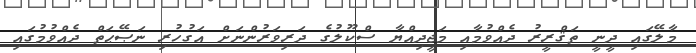
މާލޭގައިި ދީނީ ތަޤްރީރު ދެއްވުމާއި މަޖީދިއްޔާ ސްކޫލުގެ ދަރިވަރުންނަށް އަގުހުރި ނަޞޭޙަތް ދެއްވުމުގައި